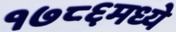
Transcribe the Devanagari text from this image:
१७८६मध्ये